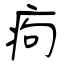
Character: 痀